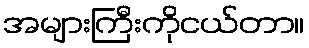
အများကြီးကိုငယ်တာ။